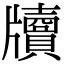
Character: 𤘄